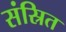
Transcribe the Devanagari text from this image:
संस्रित